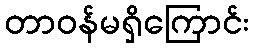
တာဝန်မရှိကြောင်း